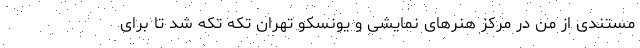
مستندی از من در مرکز هنرهای نمایشی و یونسکو تهران تکه تکه شد تا برای